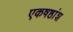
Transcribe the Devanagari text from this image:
एकषष्ठांश